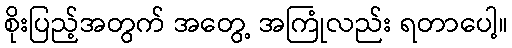
စိုးပြည့်အတွက် အတွေ့ အကြုံလည်း ရတာပေါ့။